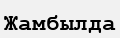
Жамбылда